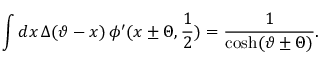
\displaystyle \int d x \, \Delta ( \vartheta - x ) \, \phi ^ { \prime } ( x \pm \Theta , \displaystyle \frac { 1 } { 2 } ) = \displaystyle \frac { 1 } { \cosh ( \vartheta \pm \Theta ) } .